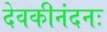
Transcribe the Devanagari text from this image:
देवकीनंदनः